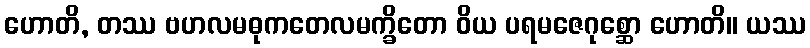
ဟောတိ, တဿ ဗဟလမဓုကတေလမက္ခိတော ဝိယ ပရမဇေဂုစ္ဆော ဟောတိ။ ယဿ